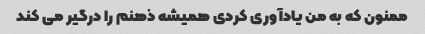
ممنون که به من یادآوری کردی همیشه ذهنم را درگیر می کند